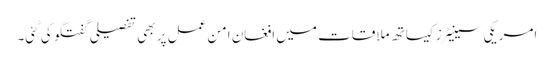
امریکی سینیٹرز کیساتھ ملاقات میں افغان امن عمل پر بھی تفصیلی گفتگو کی گئی۔